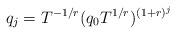
LaTeX: \begin{align*}q_j = T^{-1/r} (q_0 T^{1/r})^{(1+r)^j}\end{align*}